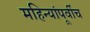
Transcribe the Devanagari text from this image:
महिन्यांपूर्वीच